Indian Civil Veterinary Department memoirs
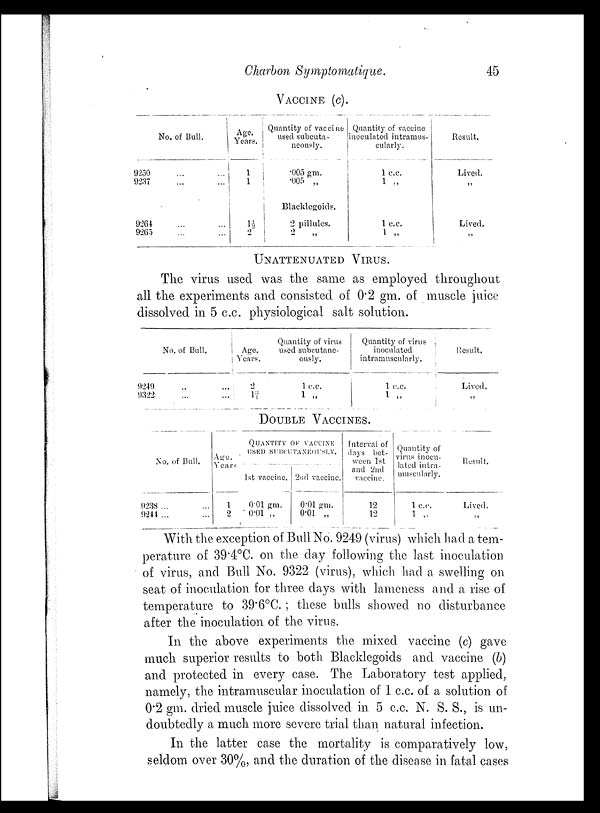
Charbon Symptomatique.
45
VACCINE (c).
No. of Ball.
9250 ... ...
9237 ... ...
9264 ... ...
9265 ... ...
Age.
Years.
1
1
1½
2
Quantity of vaccine
used subcuta-
neously.
.005 gm.
.005 „
Blacklegoids.
2 pillules.
2 „
Quantity of vaccine
inoculated intramus-
cularly.
1 c.c.
1 „
1 c.c.
1 „
Result.
Lived.
„
Lived.
„
UNATTENUATED VIRUS.
The virus used was the same as employed throughout
all the experiments and consisted of 0.2 gm. of muscle juice
dissolved in 5 c.c. physiological salt solution.
No. of Bull.
9249 ... ...
9322 ... ...
Age.
Years.
2
1¾
Quantity of virus
used subcutane-
ously.
1 c.c.
1 „
Quantity of virus
inoculated
intramuscularly.
1 c.c.
1 „
Result.
Lived.
„
DOUBLE VACCINES.
No. of Bull.
9238 ... ...
9244 ... ...
Age.
Years
1
2
QUANTITY OF VACCINE
USED SUBCUTANEUSLY.
1st vaccine.
0.01 gm.
0.01 „
2nd vaccine.
0.01 gm.
0.01 „
Interval of
days bet-
ween 1st
and 2nd
vaccine.
12
12
Quantity of
virus inocu-
lated intra-
muscularly.
1 c.c.
1 „
Result.
Lived.
„
With the exception of Bull No. 9249 (virus) which had a tem-
perature of 39.4°C. on the clay following the last inoculation
of virus, and Bull No. 9322 (virus), which had a swelling on
seat of inoculation for three clays with lameness and a rise of
temperature to 39.6°C. ; these bulls showed no disturbance
after the inoculation of the virus.
In the above experiments the mixed vaccine (c) gave
much superior results to both Blacklegoids and vaccine (b)
and protected in every case. The Laboratory test applied,
namely, the intramuscular inoculation of 1 c.c. of a solution of
0.2 gm. dried muscle juice dissolved in. 5 c.c. N. S. S., is un-
doubtedly a much more severe trial than natural infection.
In the latter case the mortality is comparatively low,
seldom over 30%, and the duration of the disease in fatal cases